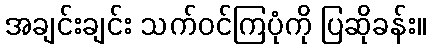
အချင်းချင်း သက်ဝင်ကြပုံကို ပြဆိုခန်း။